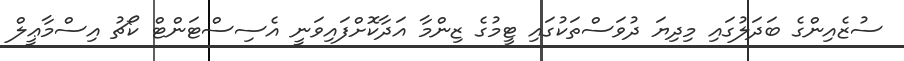
ސުޒެއިންގެ ބަދަލުގައި މިދިިޔަ ދުވަސްތަކުގައި ޓީމުގެ ޒިންމާ އަދާކޮށްފައިވަނީ އެސިސްޓަންޓް ކޯޗު އިސްމާޢީލް